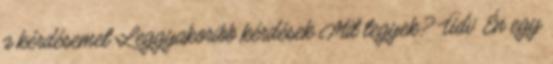
a kérdésemet Leggyakoribb kérdések Mit tegyek? Üdv Én egy